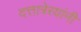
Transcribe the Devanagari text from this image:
दत्तात्रेरयांनी